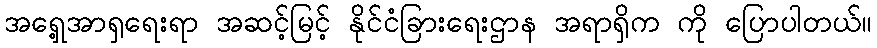
အရှေ့အာရှရေးရာ အဆင့်မြင့် နိုင်ငံခြားရေးဌာန အရာရှိက ကို ပြောပါတယ်။